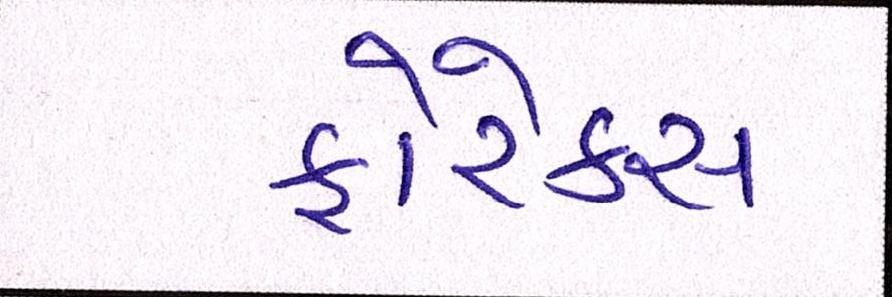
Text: ફોરેક્સ